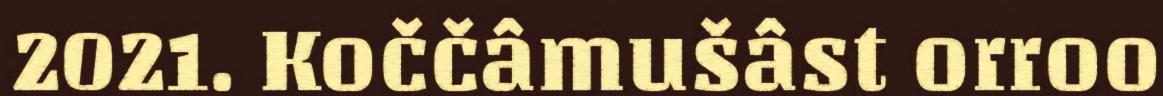
2021. Koččâmušâst orroo